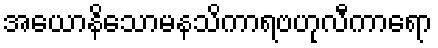
အယောနိသောမနသိကာရဗဟုလီကာရော